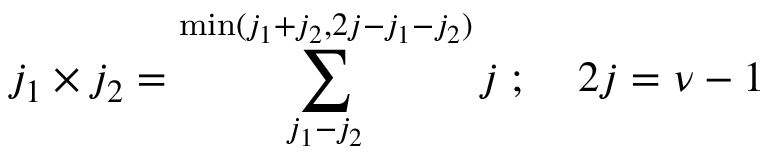
j _ { 1 } \times j _ { 2 } = \sum _ { j _ { 1 } - j _ { 2 } } ^ { \operatorname * { m i n } ( j _ { 1 } + j _ { 2 } , 2 j - j _ { 1 } - j _ { 2 } ) } j \; ; \; \; \; \; 2 j = \nu - 1